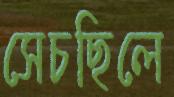
সেচছিলে